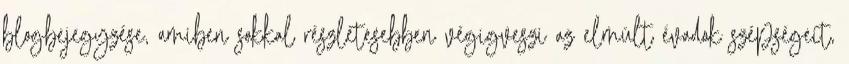
blogbejegyzése, amiben sokkal részletesebben végigveszi az elmúlt évadok szépségeit,